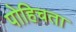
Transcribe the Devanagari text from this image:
पोहिचता